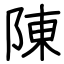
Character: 陳